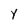
Character: Y